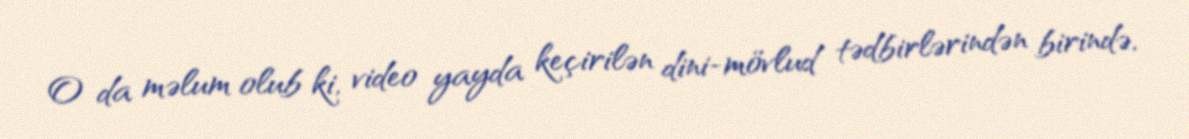
O da məlum olub ki, video yayda keçirilən dini-mövlud tədbirlərindən birində,